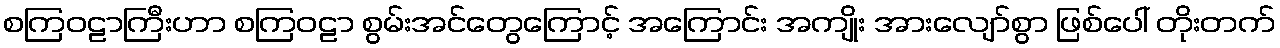
စကြဝဠာကြီးဟာ စကြဝဠာ စွမ်းအင်တွေကြောင့် အကြောင်း အကျိုး အားလျော်စွာ ဖြစ်ပေါ် တိုးတက်